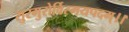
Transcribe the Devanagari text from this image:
सुरगुरोर्विस्मयपदम्।।